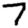
Digit: 7